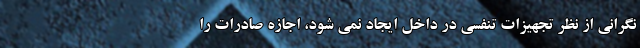
نگرانی از نظر تجهیزات تنفسی در داخل ایجاد نمی شود، اجازه صادرات را